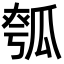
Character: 𤬄